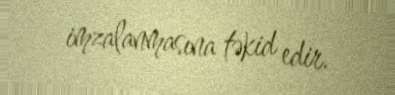
imzalanmasına təkid edir.